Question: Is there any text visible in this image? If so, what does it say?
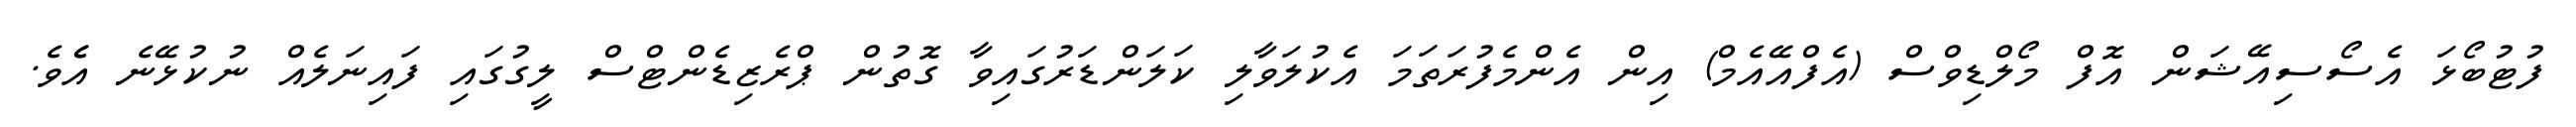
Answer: ފުޓުބޯޅަ އެސޯސިއޭޝަން އޮފް މޯލްޑިވްސް (އެފްއޭއެމް) އިން އެންމެފުރަތަމަ އެކުލަވާލި ކަލަންޑަރުގައިވާ ގޮތުން ޕްރެޒިޑެންޓްސް ލީގުގައި ފައިނަލެއް ނުކުޅޭނެ އެެވެ.